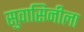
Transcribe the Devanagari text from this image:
सुवासिनीला